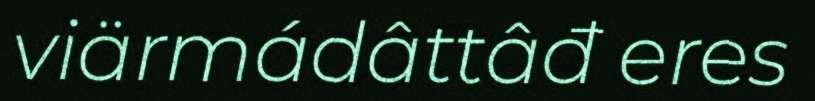
viärmádâttâđ eres